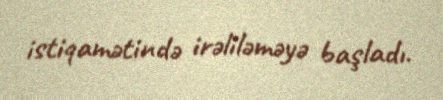
istiqamətində irəliləməyə başladı.